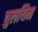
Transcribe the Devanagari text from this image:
चुलयिम